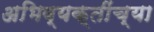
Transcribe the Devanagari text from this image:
अभिव्यक्तींच्या